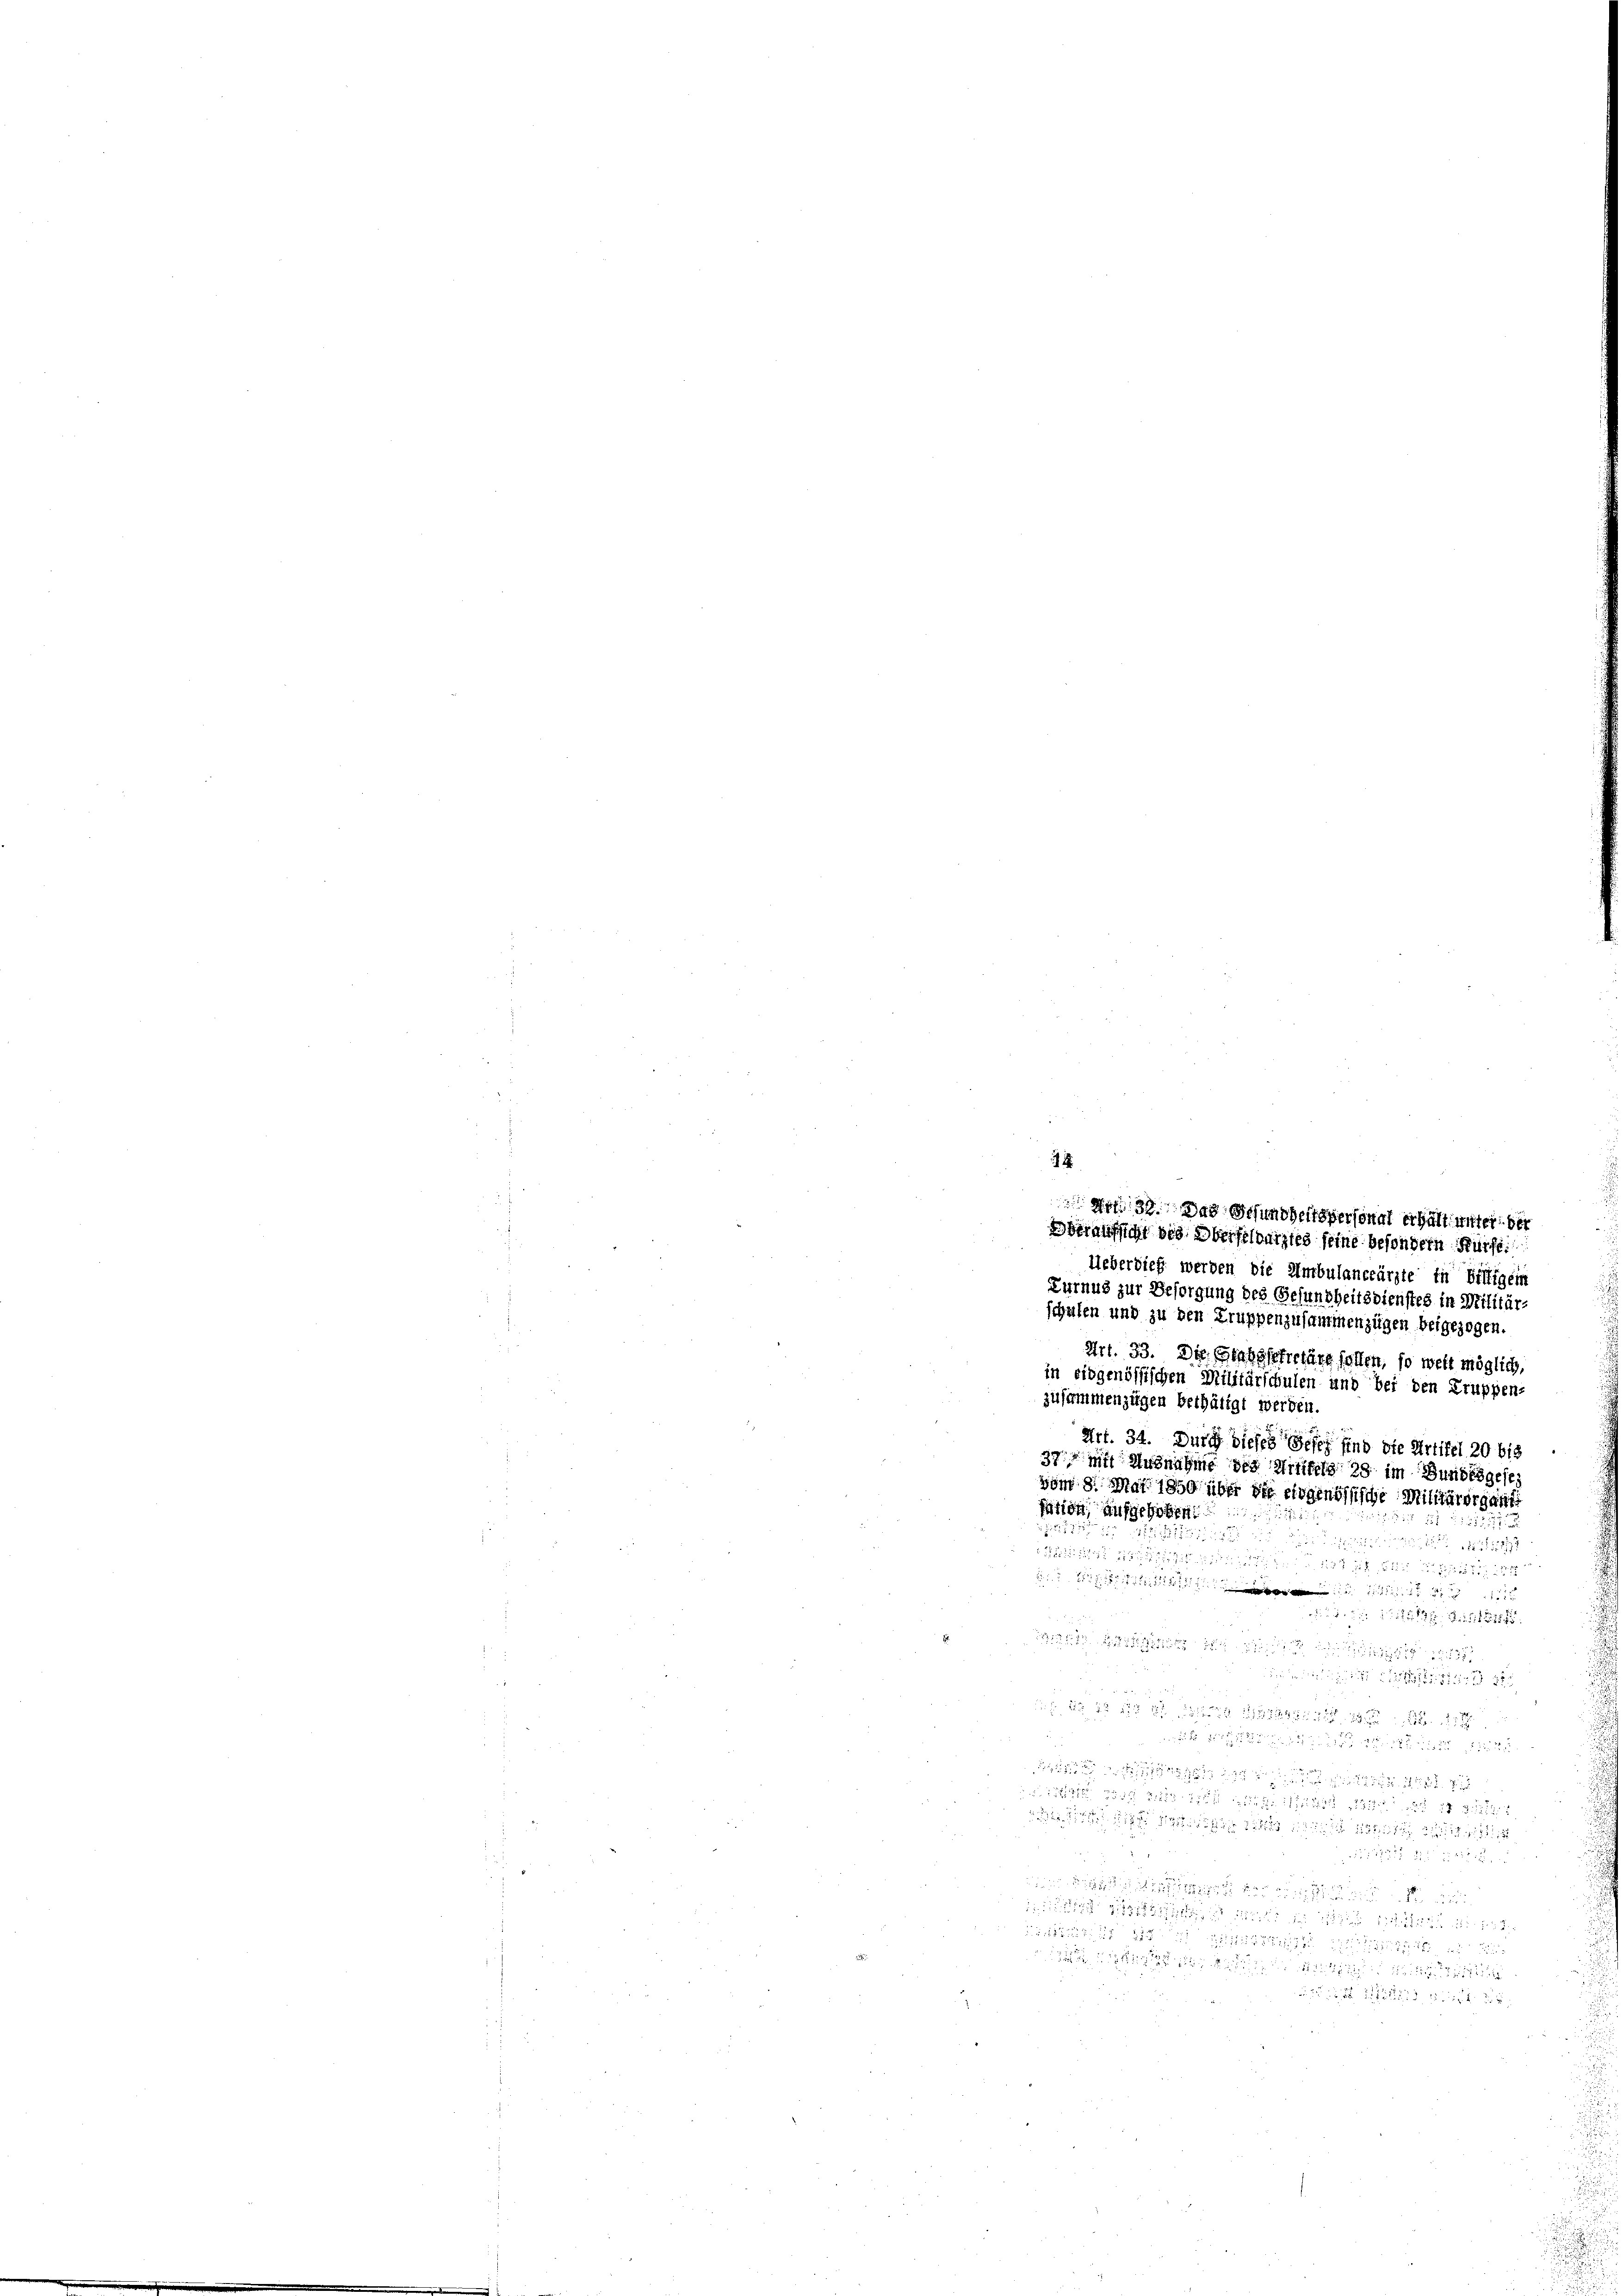
Ueberdieß werden die Umbulanceärzte in Biltigein
Turnus zur Besorgung des Gesundheitsdienstes in Militär-
schafen und zu den Truppenzusammenzügen beigezogen.
Art. 33. Die Grabestertäre sollen, so weit möglich,
in eidgenössischen Militärschulen und bei den Truppen-
zusammenzügen bethätigt werden.
1555. 272
 275
i
4 x 2
1512
mi tout sandt

in einheit der als 122 2

2

22 in 28 x

 Sie weit d

39. Das Gesundheitspersonat erhält unter ber
Eberaufsicht des Oberfelbürgtes seine besondern Fürst.

Art. 34. Durch dieses Gesez find die Artikel 20 bis
37 mit Ausnahme des Greifels 28 im Bundesgese
vom 8. Mai 1850 über die eidgenössische Militärorgant
fation, aufgehoben:
tuirun